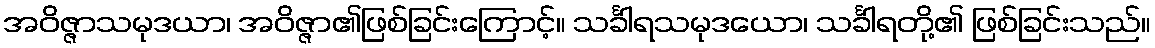
အဝိဇ္ဇာသမုဒယာ၊ အဝိဇ္ဇာ၏ဖြစ်ခြင်းကြောင့်။ သင်္ခါရသမုဒယော၊ သင်္ခါရတို့၏ ဖြစ်ခြင်းသည်။